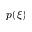
p ( \xi )